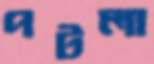
পটলা